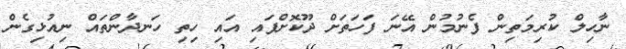
ނާހިލް ކުރިމަތިން ފެނުމުން އޭނަ ފަހަތަށް ދޫކޮށްފައި އައި ހިތި ހަނދާންތައް ނިއުޅިގެން